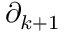
\partial _ { k + 1 }